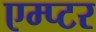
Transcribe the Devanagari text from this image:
एम्प्टर